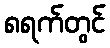
၈ရက်တွင်